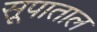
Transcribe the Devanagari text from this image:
सूपाताल